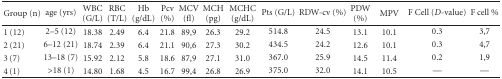
<table><thead><tr><td><b>Group (n)</b></td><td><b>age (yrs)</b></td><td><b>WBC (G/L)</b></td><td><b>RBC (T/L)</b></td><td><b>Hb (g/dL)</b></td><td><b>Pcv (%)</b></td><td><b>MCV (fl)</b></td><td><b>MCH (pg)</b></td><td><b>MCHC (g/dL)</b></td><td><b>Pts (G/L)</b></td><td><b>RDW-cv (%)</b></td><td><b>PDW (%)</b></td><td><b>MPV</b></td><td><b>F Cell (D-value)</b></td><td><b>F cell %</b></td></tr></thead><tbody><tr><td>1 (12)</td><td>2–5 (12)</td><td>18.38</td><td>2.49</td><td>6.4</td><td>21.8</td><td>89,9</td><td>26.3</td><td>29.2</td><td>514.8</td><td>24.5</td><td>13.1</td><td>10.1</td><td>0.3</td><td>3,7</td></tr><tr><td>2 (21)</td><td>6–12 (21)</td><td>18.74</td><td>2.39</td><td>6.4</td><td>21.1</td><td>90,6</td><td>27.3</td><td>30.2</td><td>434.5</td><td>24.2</td><td>12.6</td><td>10.1</td><td>0.3</td><td>4,7</td></tr><tr><td>3 (7)</td><td>13–18 (7)</td><td>15.92</td><td>2.12</td><td>5.8</td><td>18.6</td><td>87,9</td><td>27.1</td><td>31.0</td><td>367.0</td><td>25.9</td><td>14.5</td><td>11.4</td><td>0.2</td><td>1,9</td></tr><tr><td>4 (1)</td><td>&gt;18 (1)</td><td>14.80</td><td>1.68</td><td>4.5</td><td>16.7</td><td>99,4</td><td>26.8</td><td>26.9</td><td>375.0</td><td>32.0</td><td>14.1</td><td>10.5</td><td>—</td><td>—</td></tr></tbody></table>